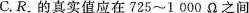
C.R_{x}的真实值应在725~1000Ω之间